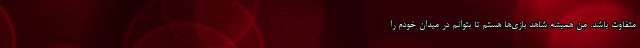
متفاوت باشد. من همیشه شاهد بازی‌ها هستم تا بتوانم در میدان خودم را